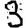
Digit: 3